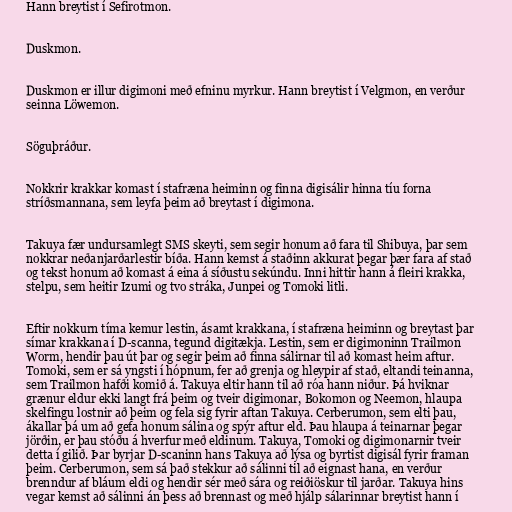
Hann breytist í Sefirotmon.

Duskmon.

Duskmon er illur digimoni með efninu myrkur. Hann breytist í Velgmon, en verður
seinna Löwemon.

Söguþráður.

Nokkrir krakkar komast í stafræna heiminn og finna digisálir hinna tíu forna
stríðsmannana, sem leyfa þeim að breytast í digimona.

Takuya fær undursamlegt SMS skeyti, sem segir honum að fara til Shibuya, þar sem
nokkrar neðanjarðarlestir bíða. Hann kemst á staðinn akkurat þegar þær fara af stað
og tekst honum að komast á eina á síðustu sekúndu. Inni hittir hann á fleiri krakka,
stelpu, sem heitir Izumi og tvo stráka, Junpei og Tomoki litli.

Eftir nokkurn tíma kemur lestin, ásamt krakkana, í stafræna heiminn og breytast þar
símar krakkana í D-scanna, tegund digitækja. Lestin, sem er digimoninn Trailmon
Worm, hendir þau út þar og segir þeim að finna sálirnar til að komast heim aftur.
Tomoki, sem er sá yngsti í hópnum, fer að grenja og hleypir af stað, eltandi teinanna,
sem Trailmon hafði komið á. Takuya eltir hann til að róa hann niður. Þá hviknar
grænur eldur ekki langt frá þeim og tveir digimonar, Bokomon og Neemon, hlaupa
skelfingu lostnir að þeim og fela sig fyrir aftan Takuya. Cerberumon, sem elti þau,
ákallar þá um að gefa honum sálina og spýr aftur eld. Þau hlaupa á teinarnar þegar
jörðin, er þau stóðu á hverfur með eldinum. Takuya, Tomoki og digimonarnir tveir
detta í gilið. Þar byrjar D-scaninn hans Takuya að lýsa og byrtist digisál fyrir framan
þeim. Cerberumon, sem sá það stekkur að sálinni til að eignast hana, en verður
brenndur af bláum eldi og hendir sér með sára og reiðiöskur til jarðar. Takuya hins
vegar kemst að sálinni án þess að brennast og með hjálp sálarinnar breytist hann í